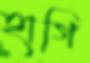
হাগি